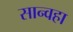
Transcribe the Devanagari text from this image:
सान्वहा